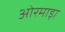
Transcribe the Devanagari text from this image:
ओरमाड़ा